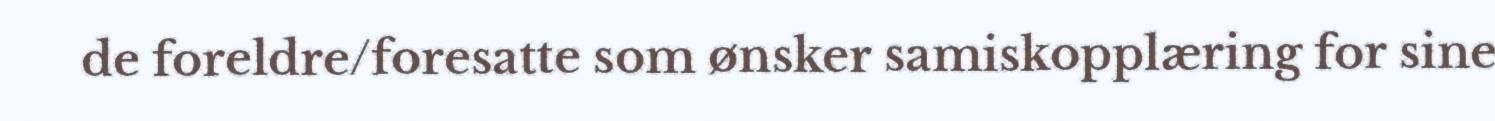
de foreldre/foresatte som ønsker samiskopplæring for sine